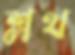
শ্লথ